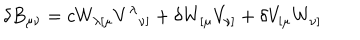
LaTeX: \delta B _ { \mu \nu } = c W _ { \lambda [ \mu } V ^ { \lambda } { } _ { \nu ] } + \delta W _ { [ \mu } V _ { \nu ] } + \delta V _ { [ \mu } W _ { \nu ] }